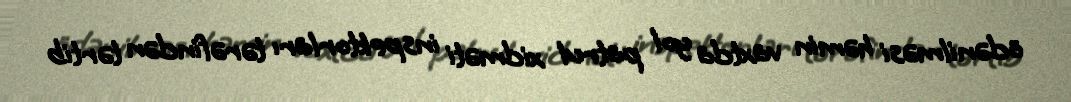
ödənilməsi həmin vaxtda yol patrul xidməti inspektorları tərəfindən tərtib